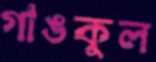
গাঙকুল